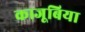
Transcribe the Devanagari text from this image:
काजूबिया